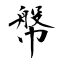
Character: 幋